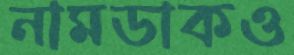
নামডাকও